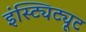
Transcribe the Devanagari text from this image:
इंस्ट्यिट्यूट